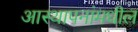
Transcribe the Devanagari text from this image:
आस्थापनांमधील